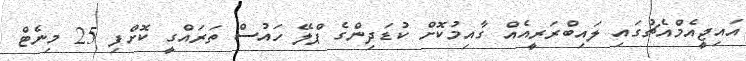
އައިޖީއެމްއެޗުގައި ލައިބްރަރީއެއް ގާއިމުކޮށް ކުޑަދިންގެ ޕްލޭ ހައުސް ތަރައްގީ ކޮށްފި 25 މިނެޓް